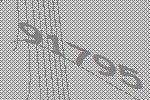
91795